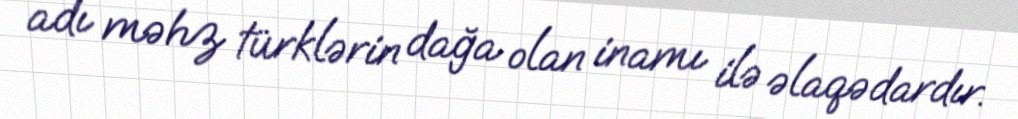
adı məhz türklərin dağa olan inamı ilə əlaqədardır.